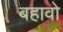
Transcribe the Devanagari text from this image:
बहावो